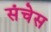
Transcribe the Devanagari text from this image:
संचेस